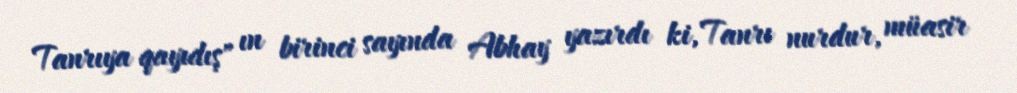
Tanrıya qayıdış" ın birinci sayında Abhay yazırdı ki, Tanrı nurdur, müasir